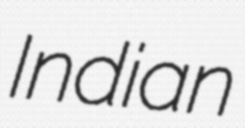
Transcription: Indian